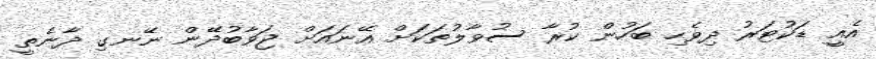
އެއީ ޑަކުޓަރު ދިވެހި ބަހުން ކުރާ ސުވާލުތަކަށް އޭނައަށް ޖަވާބުދޭން ނޭނގި ދާނެތީ